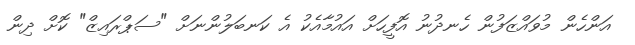
އަންހެން މުވައްޒަފުން ހެނދުނު އޮފީހަށް އައުމާއެކު އެ ކަނބަލުންނަށް "ސަޕްރައިޒް" ކޮށް ދިން